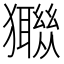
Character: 𤣈